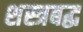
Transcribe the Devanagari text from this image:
शस्त्रबद्ध